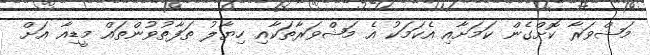
މަޝްވަރާ ކޮށްގެން ކަމަށާއި އެކަމަކު އެ މަޝްވަރާތަކާއި ހިޔާލު ތަފާތުވުންތައް މީޑިއާ އަށް